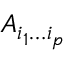
A _ { i _ { 1 } \dots i _ { p } }